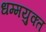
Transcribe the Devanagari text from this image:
धम्मयुक्त